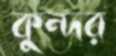
কুন্দর